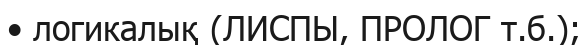
• логикалық (ЛИСПЫ, ПРОЛОГ т.б.);